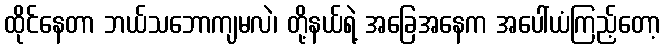
ထိုင်နေတာ ဘယ်သဘောကျမလဲ၊ တို့နယ်ရဲ့ အခြေအနေက အပေါ်ယံကြည့်တော့